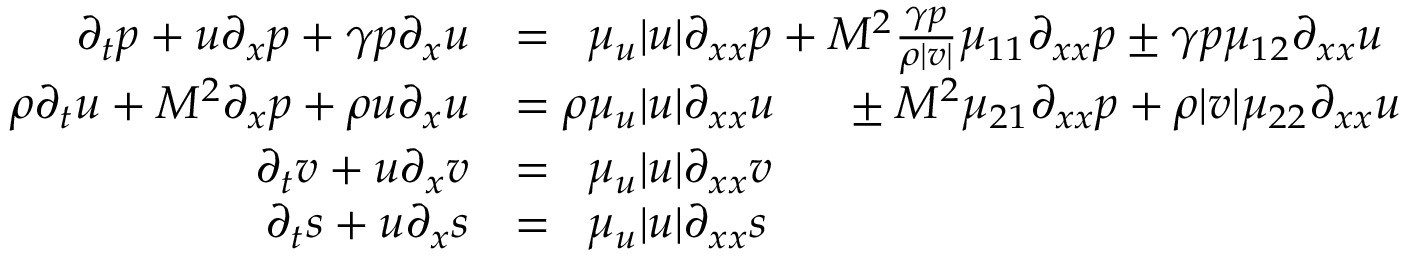
\begin{array} { r l } { \partial _ { t } p + u \partial _ { x } p + \gamma p \partial _ { x } u } & { = \phantom { \rho } \mu _ { u } | u | \partial _ { x x } p + M ^ { \- 2 } \frac { \gamma p } { \rho | v | } \mu _ { 1 1 } \partial _ { x x } p \pm \gamma p \mu _ { 1 2 } \partial _ { x x } u } \\ { \rho \partial _ { t } u + M ^ { \- 2 } \partial _ { x } p + \rho u \partial _ { x } u } & { = \rho \mu _ { u } | u | \partial _ { x x } u \phantom { \frac { \gamma p } { \rho | v | } } \pm M ^ { \- 2 } \mu _ { 2 1 } \partial _ { x x } p + \rho | v | \mu _ { 2 2 } \partial _ { x x } u } \\ { \partial _ { t } v + u \partial _ { x } v } & { = \phantom { \rho } \mu _ { u } | u | \partial _ { x x } v } \\ { \partial _ { t } s + u \partial _ { x } s } & { = \phantom { \rho } \mu _ { u } | u | \partial _ { x x } s } \end{array}